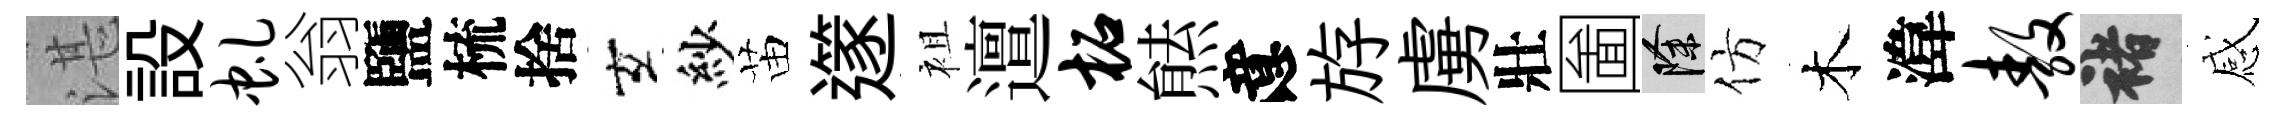
湛設虬翁鹽梳捨玄紗苗𨗹袓邅柘㷱意斿虜壯圗除仿木湋敖褚感